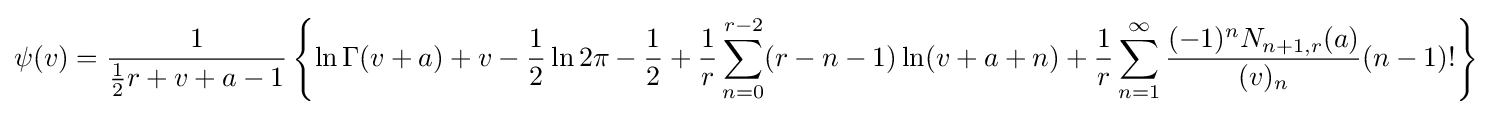
\psi (v)={\frac {1}{{\tfrac {1}{2}}r+v+a-1}}\left\{\ln \Gamma (v+a)+v-{\frac {1}{2}}\ln 2\pi -{\frac {1}{2}}+{\frac {1}{r}}\sum _{n=0}^{r-2}(r-n-1)\ln(v+a+n)+{\frac {1}{r}}\sum _{n=1}^{\infty }{\frac {(-1)^{n}N_{n+1,r}(a)}{(v)_{n}}}(n-1)!\right\}